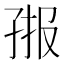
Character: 𭓄